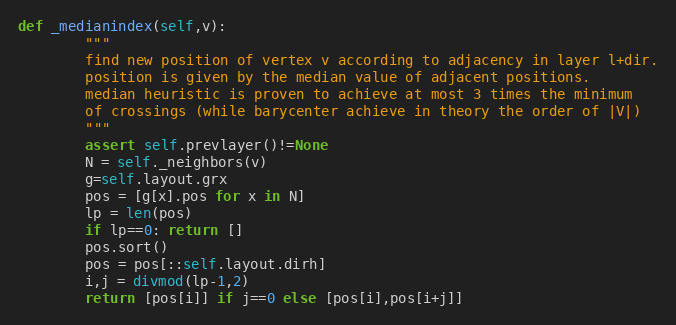
Language: Python
def _medianindex(self,v):
        """
        find new position of vertex v according to adjacency in layer l+dir.
        position is given by the median value of adjacent positions.
        median heuristic is proven to achieve at most 3 times the minimum
        of crossings (while barycenter achieve in theory the order of |V|)
        """
        assert self.prevlayer()!=None
        N = self._neighbors(v)
        g=self.layout.grx
        pos = [g[x].pos for x in N]
        lp = len(pos)
        if lp==0: return []
        pos.sort()
        pos = pos[::self.layout.dirh]
        i,j = divmod(lp-1,2)
        return [pos[i]] if j==0 else [pos[i],pos[i+j]]